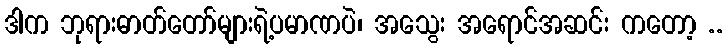
ဒါက ဘုရားဓာတ်တော်များရဲ့ပမာဏပဲ၊ အသွေး အရောင်အဆင်း ကတော့ ..